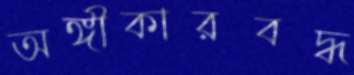
অঙ্গীকারবদ্ধ